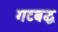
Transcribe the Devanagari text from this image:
गटबद्ध